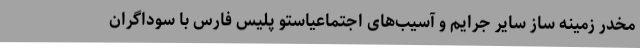
مخدر زمینه ساز سایر جرایم و آسیب‌های اجتماعیاستو پلیس فارس با سوداگران